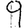
Digit: 9